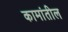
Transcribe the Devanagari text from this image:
कामांतील